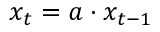
x _ { t } = a \cdot x _ { t - 1 }